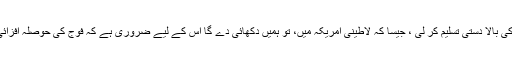
اگر عالمی حالات پر نظر ڈالیں، جہاں فوج نے اپنے اختیار کو ختم کرکے سول حکومت کی بالا دستی تسلیم کر لی ، جیسا کہ لاطینی امریکہ میں، تو ہمیں دکھائی دے گا اس کے لیے ضروری ہے کہ فوج کی حوصلہ افزائی کی جائے ، خاص طور پر جب ملک پر بیرونی عوامل کی طرف سے دباؤ کاسامنا ہو ۔